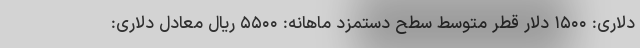
دلاری: ۱۵۰۰ دلار قطر متوسط سطح دستمزد ماهانه: ۵۵۰۰ ریال معادل دلاری: